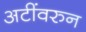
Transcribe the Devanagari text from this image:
अटींवरुन